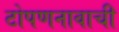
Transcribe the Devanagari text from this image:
टोपणनावाची